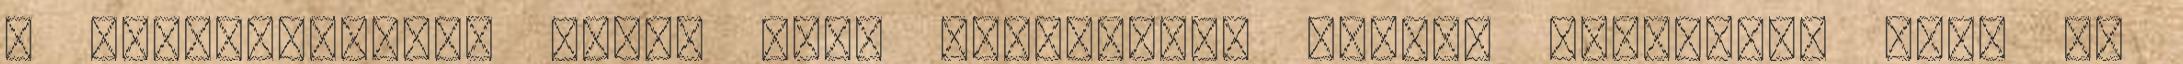
a számítógépen, akkor kell Cipőgyárat némely autópálya amit ön